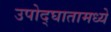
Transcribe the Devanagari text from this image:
उपोद्‌घातामध्ये